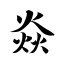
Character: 焱